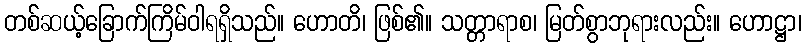
တစ်ဆယ့်ခြောက်ကြိမ်ဝါရရှိသည်။ ဟောတိ၊ ဖြစ်၏။ သတ္တာရာစ၊ မြတ်စွာဘုရားလည်း။ ဟောဋ္ဌာ၊